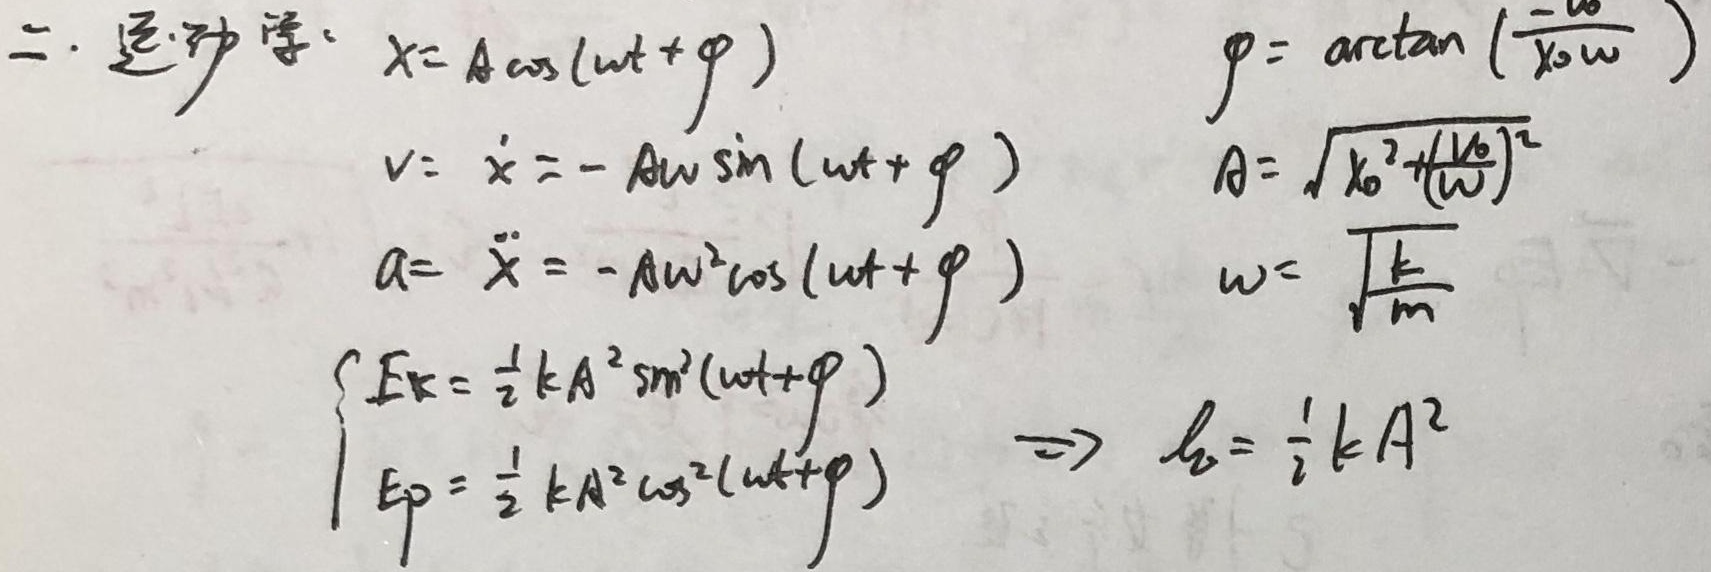
二. 运动学：
\[
\begin{align*}
x&=A\cos(\omega t+\varphi)\\
v&=\dot{x}=-A\omega\sin(\omega t + \varphi)\\
a&=\ddot{x}=-A\omega^{2}\cos(\omega t+\varphi)\\
E_{k}&=\frac{1}{2}kA^{2}\sin^{2}(\omega t+\varphi)\\
E_{p}&=\frac{1}{2}kA^{2}\cos^{2}(\omega t+\varphi)
\end{align*}
\]
\[
\begin{align*}
\varphi&=\arctan\left(\frac{-v_{0}}{x_{0}\omega}\right)\\
A&=\sqrt{x_{0}^{2}+\left(\frac{v_{0}}{\omega}\right)^{2}}\\
\omega&=\sqrt{\frac{k}{m}}\\
\longrightarrow E&=\frac{1}{2}kA^{2}
\end{align*}
\]